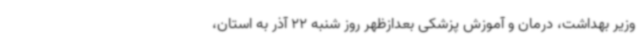
وزیر بهداشت، درمان و آموزش پزشکی بعدازظهر روز شنبه 22 آذر به استان،